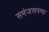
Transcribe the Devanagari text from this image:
समंजसपणा